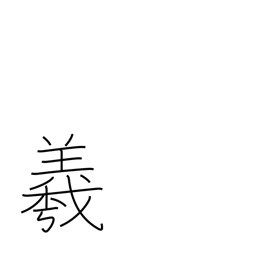
Meaning: used in proper names